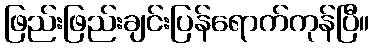
ဖြည်းဖြည်းချင်းပြန်ရောက်ကုန်ပြီ။